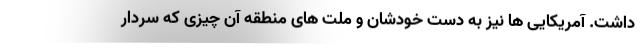
داشت. آمریکایی ها نیز به دست خودشان و ملت های منطقه آن چیزی که سردار